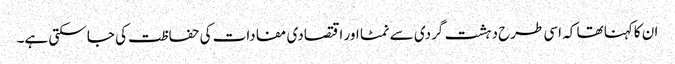
ان کاکہنا تھا کہ اسی طرح دہشت گردی سے نمٹا اور اقتصادی مفادات کی حفاظت کی جا سکتی ہے۔